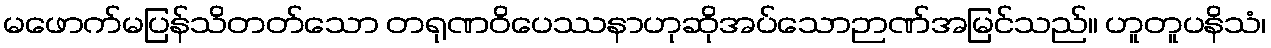
မဖောက်မပြန်သိတတ်သော တရုဏဝိပေဿနာဟုဆိုအပ်သောဉာဏ်အမြင်သည်။ ဟူတူပနိသံ၊